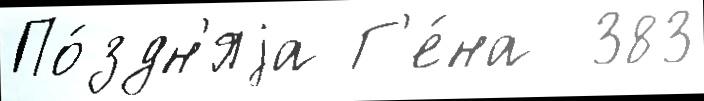
По́здн'яjа Г'е́на  383